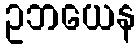
ဥဘယေန